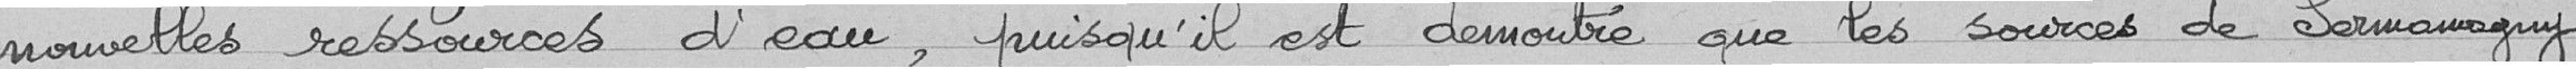
nouvelles ressources d'eau, puisqu'il est démontré que les sources de Sermamagny